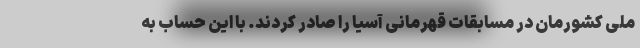
ملی کشورمان در مسابقات قهرمانی آسیا را صادر کردند. با این حساب به